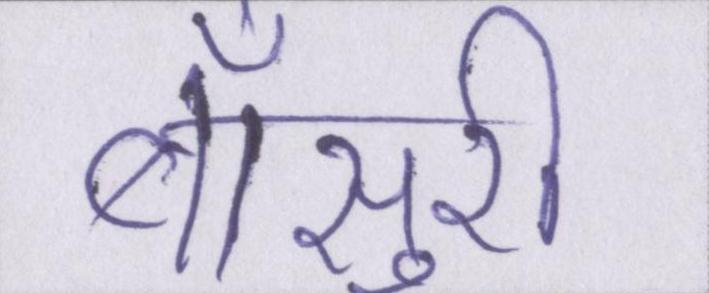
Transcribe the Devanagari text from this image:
बाँसुरी